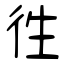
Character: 徃